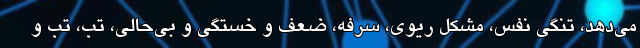
می‌دهد، تنگی نفس، مشکل ریوی، سرفه، ضعف و خستگی و بی‌حالی، تب، تب و